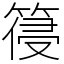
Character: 䈜